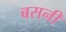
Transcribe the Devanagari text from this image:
बसनीं